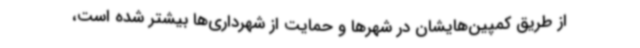
از طریق کمپین‌هایشان در شهرها و حمایت از شهرداری‌ها بیشتر شده است،